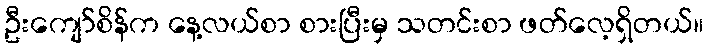
ဦးကျော်စိန်က နေ့လယ်စာ စားပြီးမှ သတင်းစာ ဖတ်လေ့ရှိတယ်။